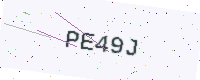
Text: PE49J